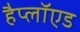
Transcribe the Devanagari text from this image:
हैप्लॉएड